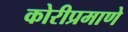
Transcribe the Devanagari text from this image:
कोरीप्रमाणे